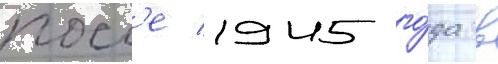
посл'е 1945 го́да в